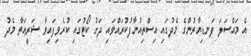
އެ މައްސަލަ ފަނޑިޔާރުންގެ މެދުގައި އިސްތިއުނާފުކުރައްވައި ދަށު ކޯޓުގައި ކުރެވިފައިވާ ޝަރީޢަތާ މެދު